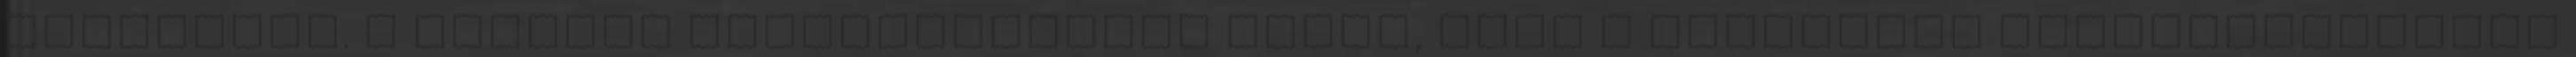
sújtották. A bíróság bizonyítottnak látta, hogy a vádlottak bűnszervezetben